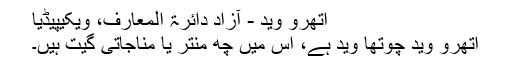
اتھرو وید - آزاد دائرۃ المعارف، ویکیپیڈیا
اتھرو وید چوتھا وید ہے، اس میں چھ منتر یا مناجاتی گیت ہیں۔